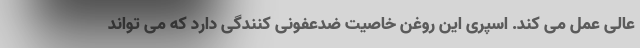
عالی عمل می کند. اسپری این روغن خاصیت ضدعفونی کنندگی دارد که می تواند